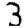
Digit: 3